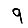
Digit: 9